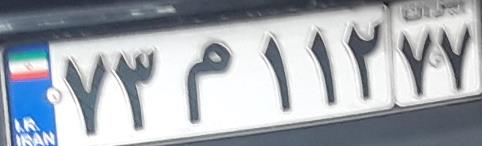
۷۳م۱۱۲۷۷